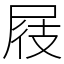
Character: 屐